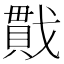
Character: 𪭖